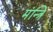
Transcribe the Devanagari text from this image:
मंन्त्रि